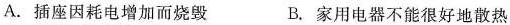
A.插座因耗电增加而烧毁 B.家用电器不能很好地散热